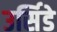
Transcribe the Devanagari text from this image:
उर्सिडे